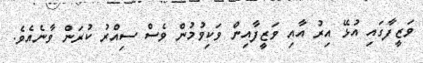
ވަޒީފާގައި އުޅޭ އިރު އާއި ވަޒީފާއިން ވަކިވުމުން ވެސް ސިއްރު ކުރަން ވާނެއެވެ.